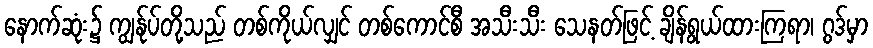
နောက်ဆုံး၌ ကျွန်ုပ်တို့သည် တစ်ကိုယ်လျှင် တစ်ကောင်စီ အသီးသီး သေနတ်ဖြင့် ချိန်ရွယ်ထားကြရာ၊ ဂွဒ်မှာ